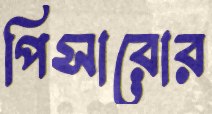
পিসারোর